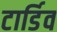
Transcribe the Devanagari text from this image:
टार्डिव